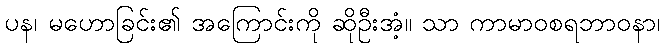
ပန၊ မဟောခြင်း၏ အကြောင်းကို ဆိုဦးအံ့။ သာ ကာမာဝစရဘာဝနာ၊